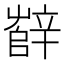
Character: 辥